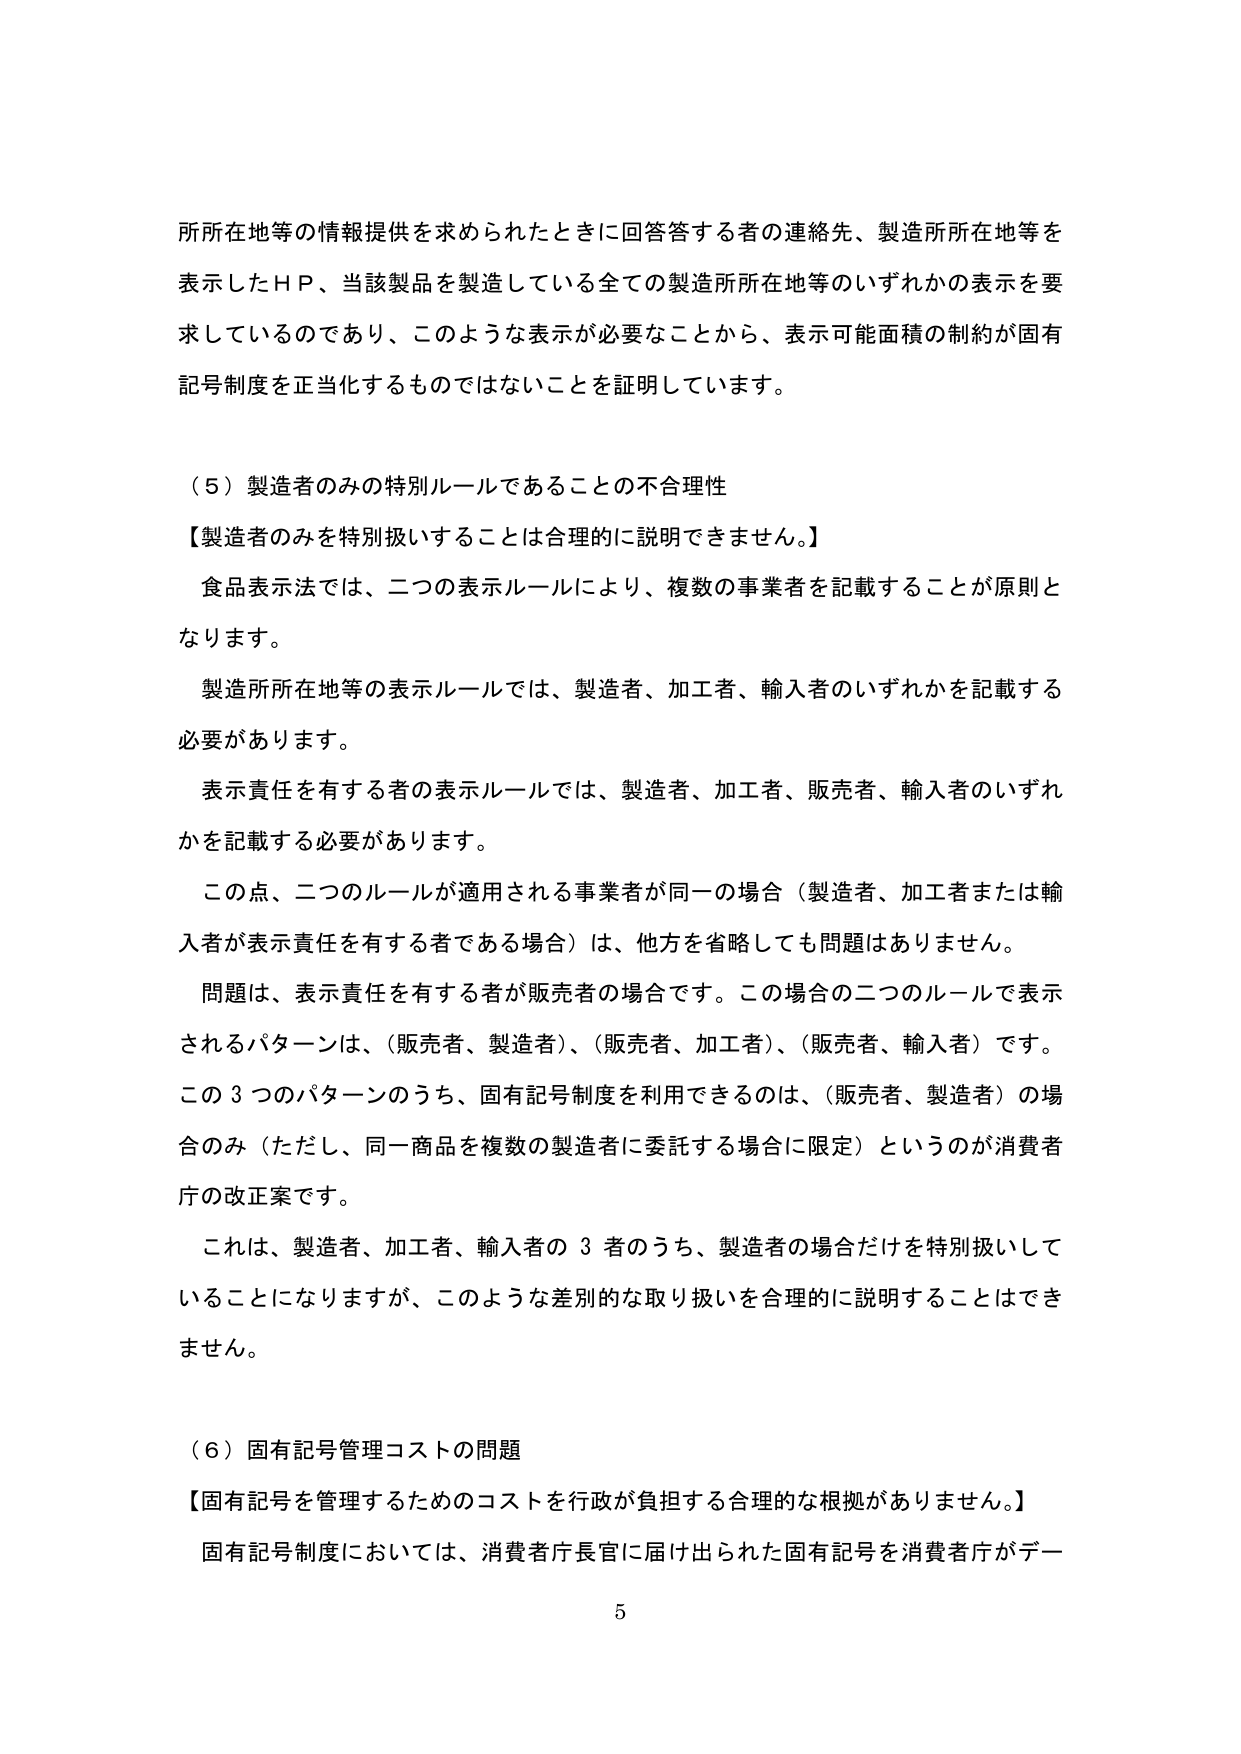
所所在地等の情報提供を求められたときに回答答する者の連絡先、製造所所在地等を
表示したＨＰ、当該製品を製造している全ての製造所所在地等のいずれかの表示を要
求しているのであり、このような表示が必要なことから、表示可能面積の制約が固有
記号制度を正当化するものではないことを証明しています。

（５）製造者のみの特別ルールであることの不合理性
【製造者のみを特別扱いすることは合理的に説明できません。】
食品表示法では、二つの表示ルールにより、複数の事業者を記載することが原則と
なります。
製造所所在地等の表示ルールでは、製造者、加工者、輸入者のいずれかを記載する
必要があります。
表示責任を有する者の表示ルールでは、製造者、加工者、販売者、輸入者のいずれ
かを記載する必要があります。
この点、二つのルールが適用される事業者が同一の場合（製造者、加工者または輸
入者が表示責任を有する者である場合）は、他方を省略しても問題はありません。
問題は、表示責任を有する者が販売者の場合です。この場合の二つのルールで表示
されるパターンは、（販売者、製造者）、（販売者、加工者）、（販売者、輸入者）です。
この３つのパターンのうち、固有記号制度を利用できるのは、（販売者、製造者）の場
合のみ（ただし、同一商品を複数の製造者に委託する場合に限定）というのが消費者
庁の改正案です。
これは、製造者、加工者、輸入者の３者のうち、製造者の場合だけを特別扱いして
いることになりますが、このような差別的な取り扱いを合理的に説明することはでき
ません。

（６）固有記号管理コストの問題
【固有記号を管理するためのコストを行政が負担する合理的な根拠がありません。】
固有記号制度においては、消費者庁長官に届け出られた固有記号を消費者庁がデー
5